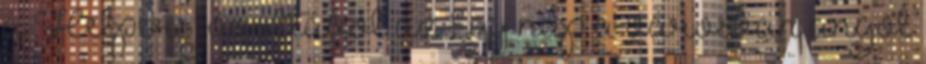
a Helpers jóvoltából az Egy nap a városban angol